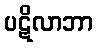
ပဋိလာဘာ